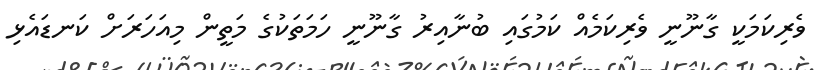
ވެރިކަމަކީ ގާނޫނީ ވެރިކަމެއް ކަމުގައި ބުނާއިރު ގާނޫނީ ހަމަތަކުގެ މަތީން މިއަހަރަށް ކަނޑައެޅި